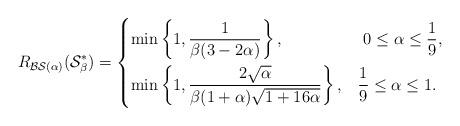
LaTeX: \begin{align*}R_{\mathcal{BS}(\alpha)}(\mathcal{S}^*_\beta)&=\begin{dcases}\min\left\{1, \dfrac{1}{\beta(3-2\alpha) }\right\}, & \ 0\leq \alpha\leq \frac{1}{9},\\\min\left\{1,\dfrac{2\sqrt{\alpha}}{\beta (1+\alpha)\sqrt{ 1+16\alpha }} \right\},& \frac{1}{9}\leq\alpha \leq 1.\end{dcases}\end{align*}